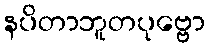
နပိတာဘူတပုဗ္ဗော